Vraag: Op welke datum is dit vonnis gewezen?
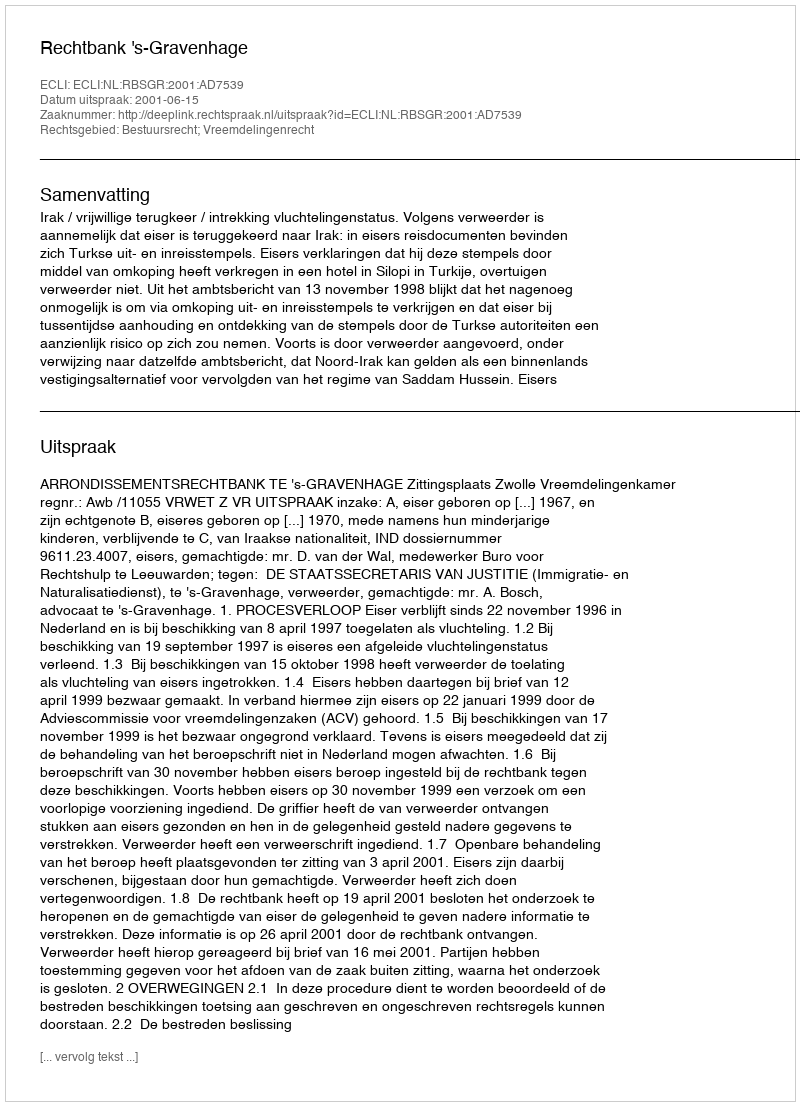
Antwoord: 2001-06-15